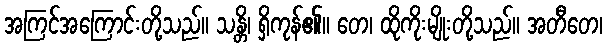
အကြင်အကြောင်းတို့သည်။ သန္တိ၊ ရှိကုန်၏။ တေ၊ ထိုကိုးမျိုးတို့သည်။ အတီတေ၊